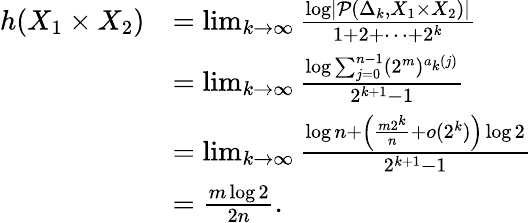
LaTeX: \begin{array}{rl}{h(X_{1}\times X_{2})}&{=\operatorname*{lim}_{k\to\infty}\frac{\log\left|\mathcal{P}\left(\Delta_{k},X_{1}\times X_{2}\right)\right|}{1+2+\cdots+2^{k}}}\\ &{=\operatorname*{lim}_{k\to\infty}\frac{\log\sum_{j=0}^{n-1}(2^{m})^{a_{k}(j)}}{2^{k+1}-1}}\\ &{=\operatorname*{lim}_{k\to\infty}\frac{\log n+\left(\frac{m2^{k}}{n}+o(2^{k})\right)\log 2}{2^{k+1}-1}}\\ &{=\frac{m\log 2}{2n}.}\end{array}